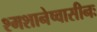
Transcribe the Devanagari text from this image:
श्मशानेष्वासीनः